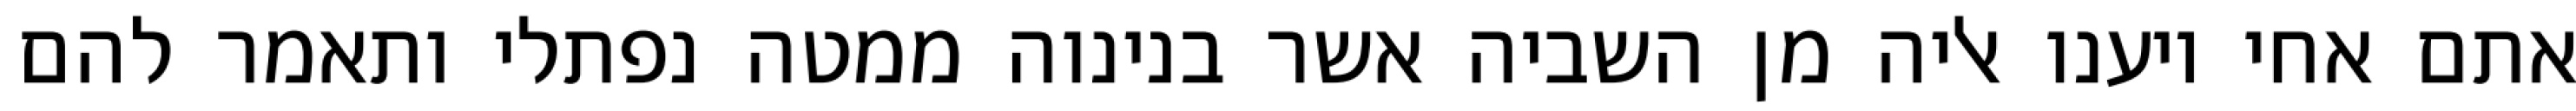
אתם אחי ויענו אליה מן השביה אשר בנינוה ממטה נפתלי ותאמר להם